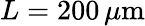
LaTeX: L=200\, \mu\textrm{m}